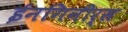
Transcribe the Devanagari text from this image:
ईनगिनीर्स